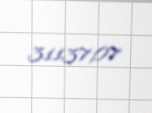
31137,07